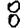
Digit: 8